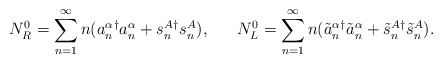
\begin{align*}N_R^0 = \sum_{n=1}^{\infty} n(a_n^\alpha{}^\dagger a_n^\alpha +s_n^A{}^\dagger s_n^A), ~~~~~ N_L^0 = \sum_{n=1}^{\infty} n(\tilde{a}_n^\alpha{}^\dagger \tilde{a}_n^\alpha + \tilde{s}_n^A{}^\dagger \tilde{s}_n^A).\end{align*}